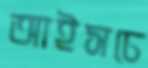
আইসচে